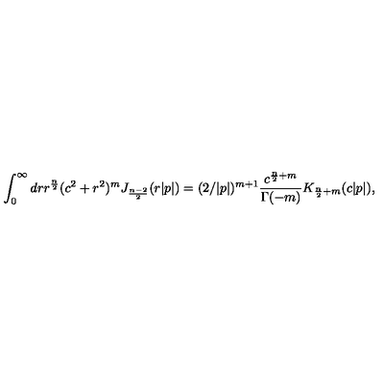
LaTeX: \int _ { 0 } ^ { \infty } d r r ^ { \frac { n } { 2 } } ( c ^ { 2 } + r ^ { 2 } ) ^ { m } J _ { \frac { n - 2 } { 2 } } ( r | p | ) = ( 2 / | p | ) ^ { m + 1 } \frac { c ^ { \frac { n } { 2 } + m } } { \Gamma ( - m ) } K _ { \frac { n } { 2 } + m } ( c | p | ) ,